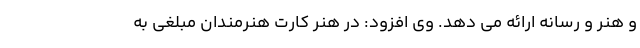
و هنر و رسانه ارائه می دهد. وی افزود: در هنر کارت هنرمندان مبلغی به